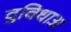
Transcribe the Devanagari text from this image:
दुविधाअ